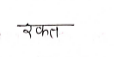
मजकूर: रकत